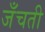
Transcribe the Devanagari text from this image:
जँचती